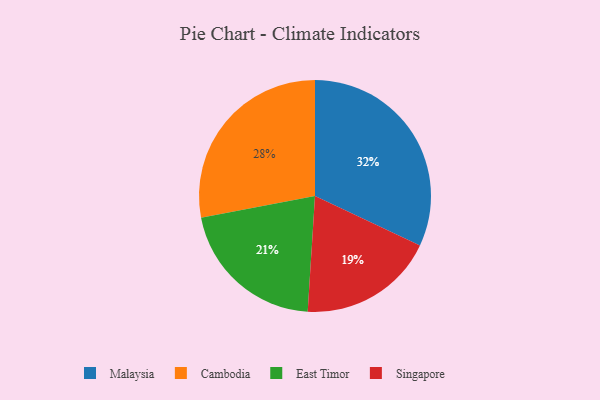
{"axis": {"x": "Category", "y": "Percentage"}, "legend": ["Cambodia", "East Timor", "Malaysia", "Singapore"], "data": [{"x": "Cambodia", "y": 28, "type": "Cambodia"}, {"x": "Malaysia", "y": 32, "type": "Malaysia"}, {"x": "Singapore", "y": 19, "type": "Singapore"}, {"x": "East Timor", "y": 21, "type": "East Timor"}]}